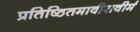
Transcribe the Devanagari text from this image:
प्रतिष्ठितमावीरावीर्म